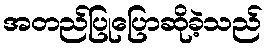
အတည်ပြုပြောဆိုခဲ့သည်